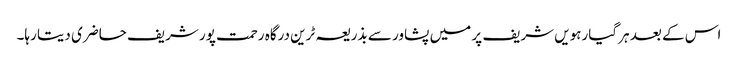
اس کے بعد ہر گیارہویں شریف پر میں پشاور سے بذریعہ ٹرین درگاہ رحمت پور شریف حاضری دیتا رہا۔